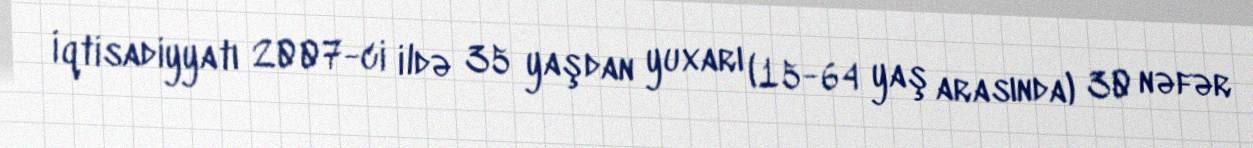
İqtisadiyyatı 2007-ci ildə 35 yaşdan yuxarı (15-64 yaş arasında) 30 nəfər